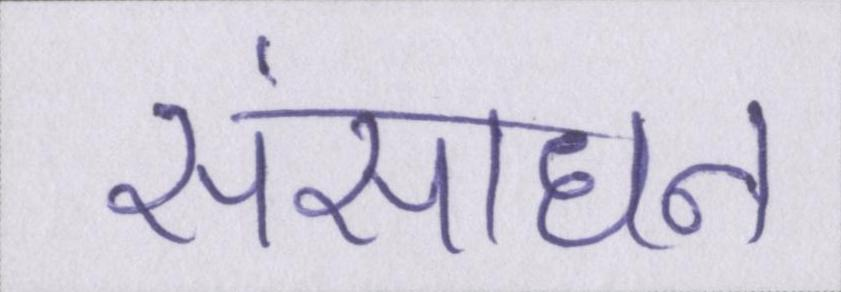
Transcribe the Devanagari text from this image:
संसाधन